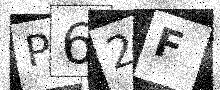
Text: P62F